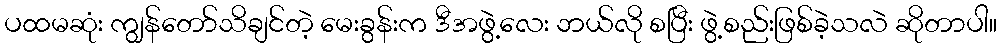
ပထမဆုံး ကျွန်တော်သိချင်တဲ့ မေးခွန်းက ဒီအဖွဲ့လေး ဘယ်လို စပြီး ဖွဲ့စည်းဖြစ်ခဲ့သလဲ ဆိုတာပါ။